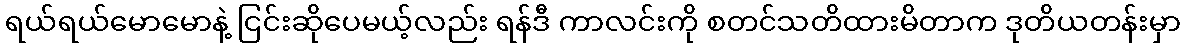
ရယ်ရယ်မောမောနဲ့ ငြင်းဆိုပေမယ့်လည်း ရန်ဒီ ကာလင်းကို စတင်သတိထားမိတာက ဒုတိယတန်းမှာ